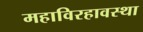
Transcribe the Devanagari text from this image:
महाविरहावस्था